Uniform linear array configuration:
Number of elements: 16
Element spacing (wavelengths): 1
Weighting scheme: cosine
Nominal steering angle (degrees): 0
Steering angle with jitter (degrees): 0.5
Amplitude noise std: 0.05
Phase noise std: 0.05

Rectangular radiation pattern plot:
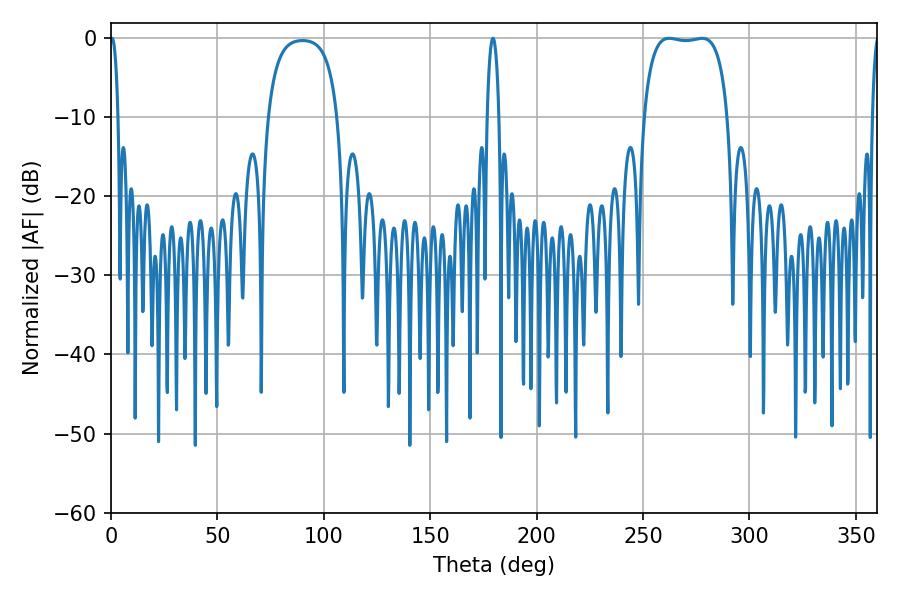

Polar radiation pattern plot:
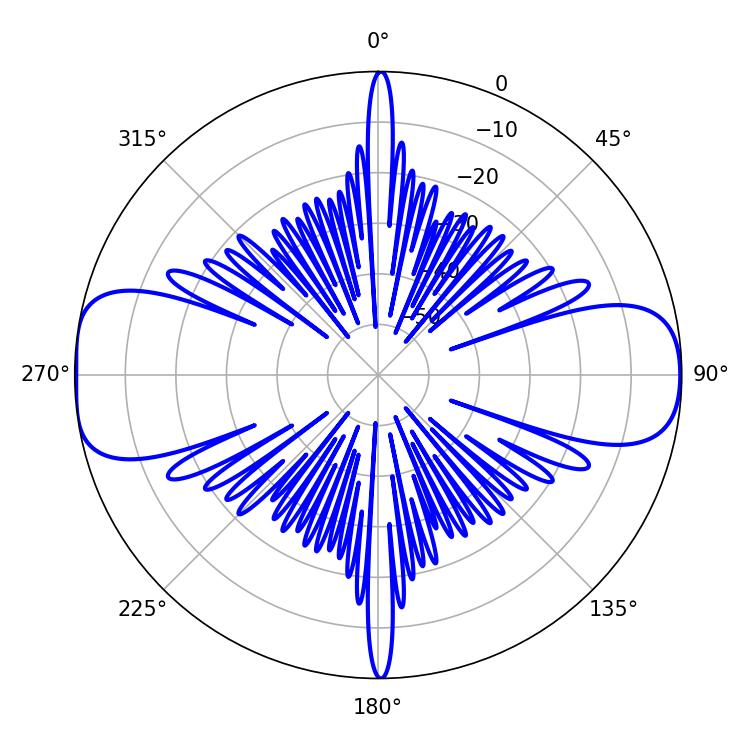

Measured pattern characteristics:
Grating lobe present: TRUE
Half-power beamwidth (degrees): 31.32
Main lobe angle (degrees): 262.26